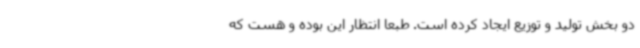
دو بخش تولید و توزیع ایجاد کرده است. طبعا انتظار این بوده و هست که